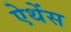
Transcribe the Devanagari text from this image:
ऐथेंस